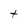
Character: t